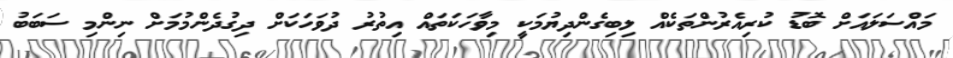
މައްސަލައަށް ބޮޑު ކުރިއެރުންތަކެއް ލިބިގެންދިޔުމަކީ މިވާހަކަތައް އިތުރު ދުވަހަކަށް ދިގުދެންމުމަށް ނިންމި ސަބަބު